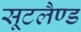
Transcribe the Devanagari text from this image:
सूटलैण्ड